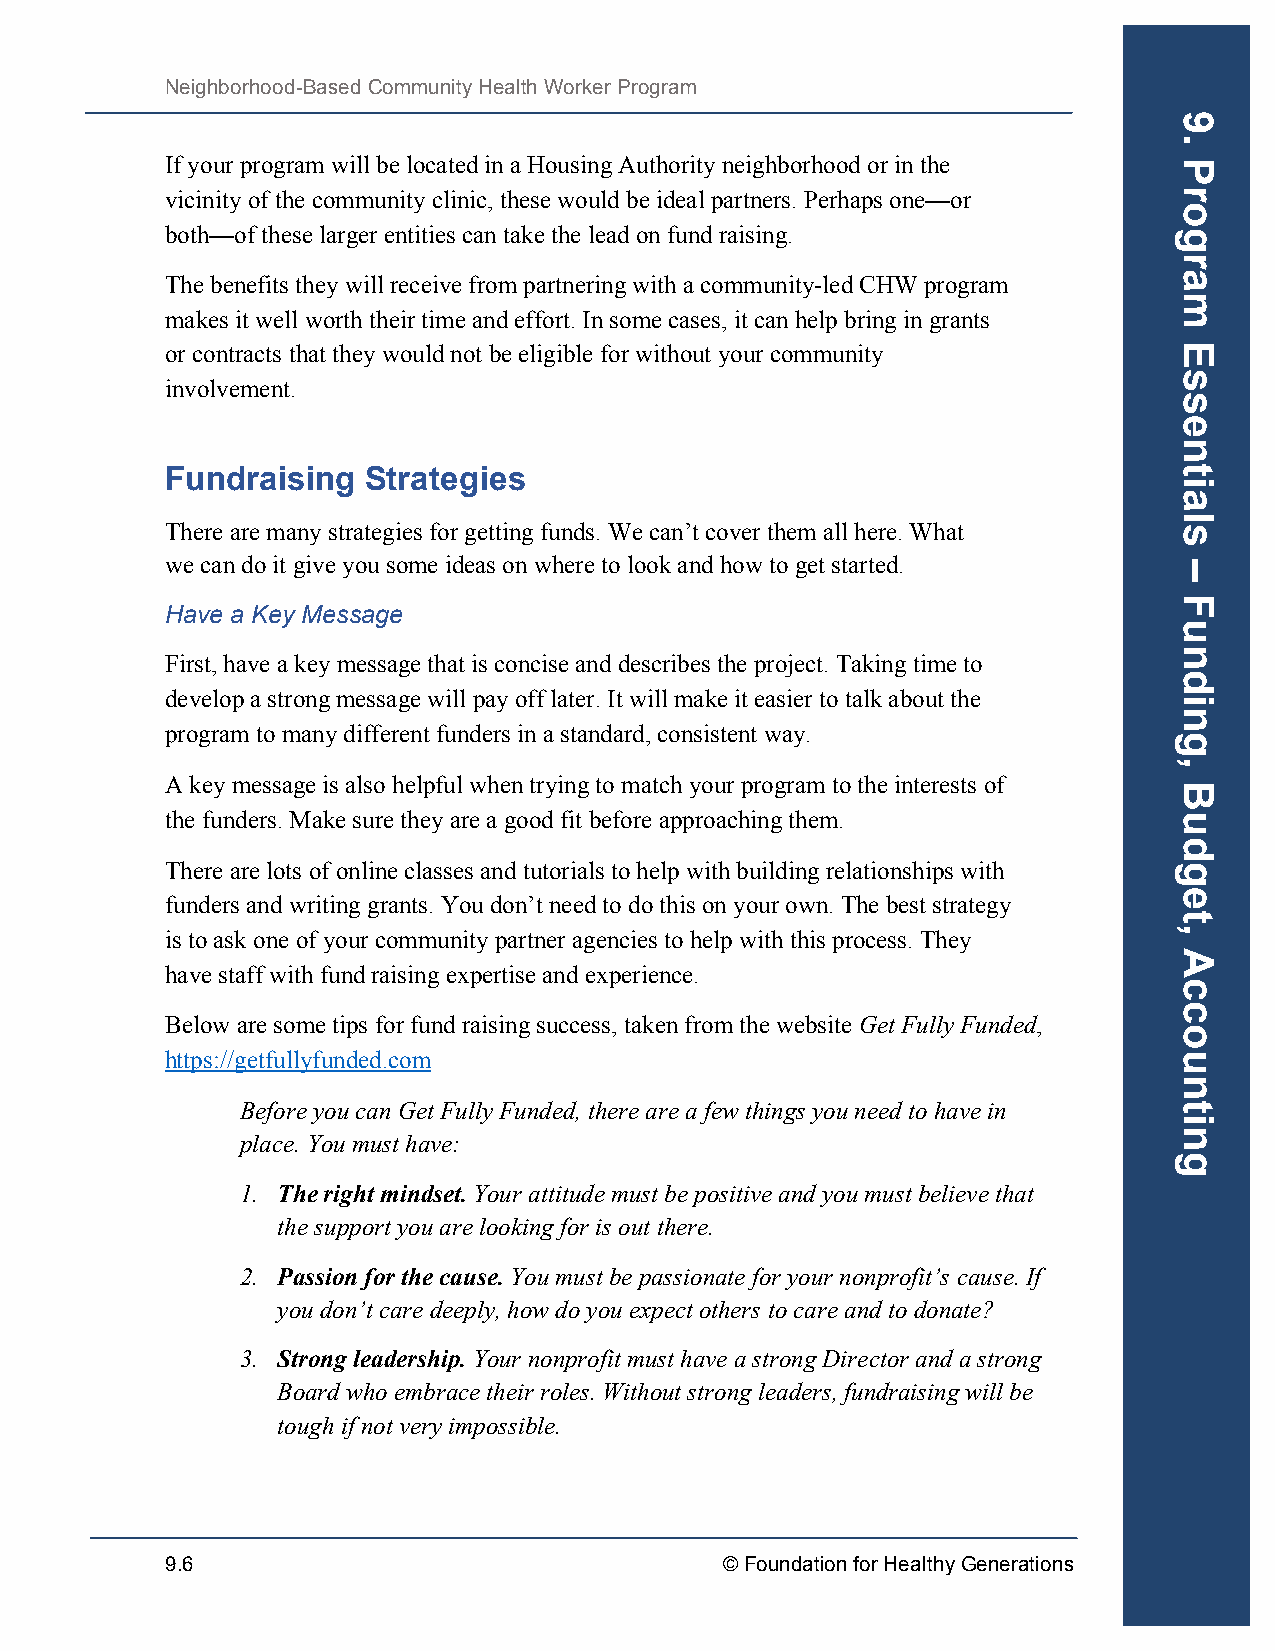
Neighborhood-Based Community Health Worker Program
 If your program will be located in a Housing Authority neighborhood or in the
 vicinity of the community clinic, these would be ideal partners. Perhaps one—or
 both—of these larger entities can take the lead on fund raising.
 The benefits they will receive from partnering with a community-led CHW program
 makes it well worth their time and effort. In some cases, it can help bring in grants
 or contracts that they would not be eligible for without your community
 involvement.
 Fundraising  Strategies
 There are many strategies for getting funds. We can’t cover them all here. What
 we can do it give you some ideas on where to look and how to get started.
 Have a Key Message
 First, have a key message that is concise and describes the project. Taking time to
 develop a strong message will pay off later. It will make it easier to talk about the
 program to many different funders in a standard, consistent way.
 A key message is also helpful when trying to match your program to the interests of
 the funders. Make sure they are a good fit before approaching them.
 There are lots of online classes and tutorials to help with building relationships with
 funders and writing grants. You don’t need to do this on your own. The best strategy
 is to ask one of your community partner agencies to help with this process. They
 have staff with fund raising expertise and experience.
 Below are some tips for fund raising success, taken from the website Get Fully Funded,
 https://getfullyfunded.com
 Before you can Get Fully Funded, there are a few things you need to have in
 place. You must have:
 1. The right mindset. Your attitude must be positive and you must believe that
 the support you are looking for is out there.
 2. Passion for the cause. You must be passionate for your nonprofit’s cause. If
 you don’t care deeply, how do you expect others to care and to donate?
 3. Strong leadership. Your nonprofit must have a strong Director and a strong
 Board who embrace their roles. Without strong leaders, fundraising will be
 tough if not very impossible.
 9.6                                  © Foundation for Healthy Generations
 9.
 Program
 Essentials
 –
 Funding,
 Budget,
 Accounting